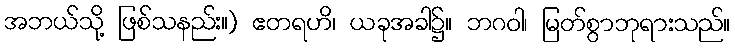
အဘယ်သို့ ဖြစ်သနည်း။) ဧတရဟိ၊ ယခုအခါ၌။ ဘဂဝါ၊ မြတ်စွာဘုရားသည်။